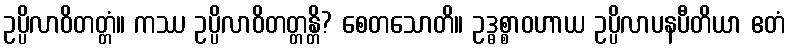
ဥပ္ပိလာဝိတတ္တံ။ ကဿ ဥပ္ပိလာဝိတတ္တန္တိ? စေတသောတိ။ ဥဒ္ဓစ္စာဝဟာယ ဥပ္ပိလာပနပီတိယာ ဧတံ